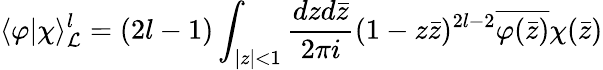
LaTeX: \langle\varphi|\chi\rangle_{{\cal L}}^{l}=(2l-1)\int_{|z|<1}\frac{dzd\bar{z}}{2\pi i}(1-z\bar{z})^{2l-2}\overline{{{\varphi(\bar{z})}}}\chi(\bar{z})